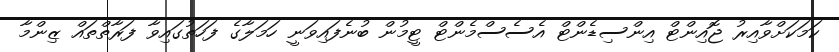
ކަމަކަށްވާއިރު ޖޮއިންޓް އިންސިޑެންޓް އެސެސްމެންޓް ޓީމުން ބުނެފައިވަނީ ހަމަލާގެ ފަހަތުގައިވާ ފަރާތްތައް ޒިންމާ